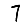
Digit: 7